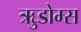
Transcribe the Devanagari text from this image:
ऋुडोम्स